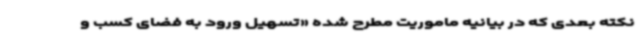
نکته بعدی که در بیانیه ماموریت مطرح شده «تسهیل ورود به فضای کسب و